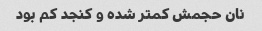
نان حجمش کمتر شده و کنجد کم بود